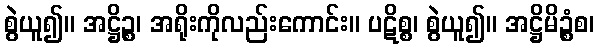
စွဲယူ၍။ အဋ္ဌိဉ္စ၊ အရိုးကိုလည်းကောင်း။ ပဋိစ္စ၊ စွဲယူ၍။ အဋ္ဌိမိဉ္စံစ၊